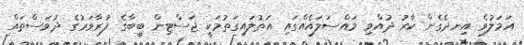
އަމަލުވެ އިނދެގެން ކާރު ދުއްވި މައްސަލައެއްގައި އަތުލައިގަތުމަކީ ޖަސްޓިން ބީބާގެ ފުރާވަރުގެ ދުވަސްތައް